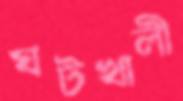
ঘটখালী